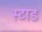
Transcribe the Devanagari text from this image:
स्टाड